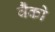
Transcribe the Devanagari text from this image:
वैँको